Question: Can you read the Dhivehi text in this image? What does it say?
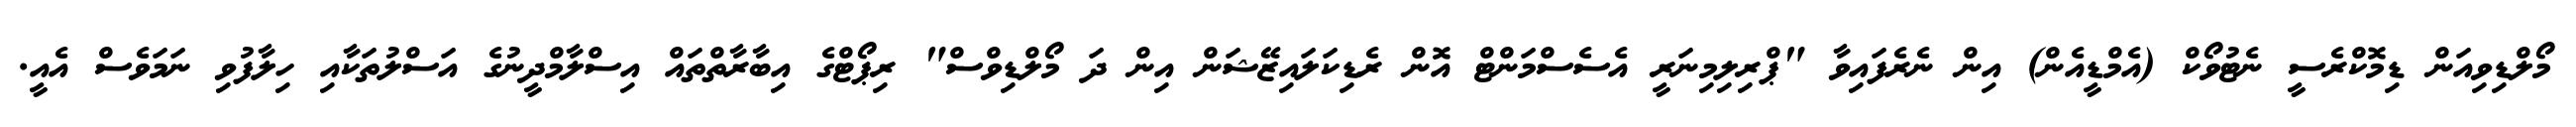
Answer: މޯލްޑިވިއަން ޑިމޮކްރެސީ ނެޓުވޯކް (އެމްޑީއެން) އިން ނެރެފައިވާ "ޕްރިލިމިނަރީ އެސެސްމަންޓް އޮން ރެޑިކަލައިޒޭޝަން އިން ދަ މޯލްޑިވްސް" ރިޕޯޓްގެ އިބާރާތްތައް އިސްލާމްދީނުގެ އަސްލުތަކާއި ހިލާފުވި ނަމަވެސް އެއީ.